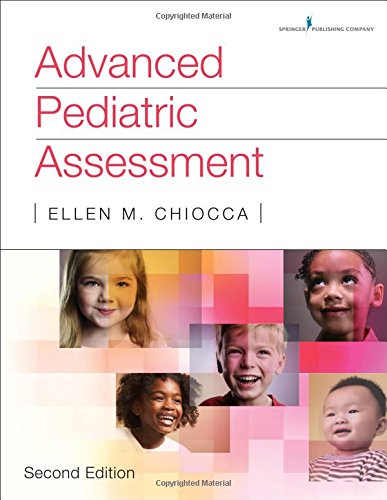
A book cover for Advanced Pediatric Assessment, Second Edition; Ellen M. Chiocca MSN  CPNP  APN  RNC-NIC; Medical Books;